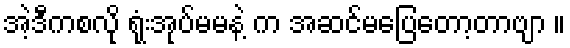
အဲ့ဒီကစလို ရုံးအုပ်မမနဲ့ က အဆင်မပြေတော့တာဗျာ ။